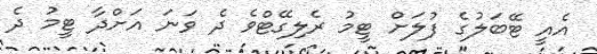
އެއީ ޓޭބަލުގެ ފުލަށް ޓީމު ރެލިގޭޓްވެ ދެ ވަނަ އަށްދާ ޓީމު ދެ